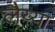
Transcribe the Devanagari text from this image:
लैय्या